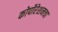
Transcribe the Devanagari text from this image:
कोर्पोरेशनचा